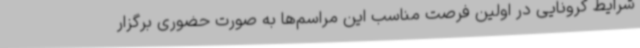
شرایط کرونایی در اولین فرصت مناسب این مراسم‌ها به صورت حضوری برگزار